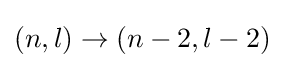
(n,l)\rightarrow (n-2,l-2)